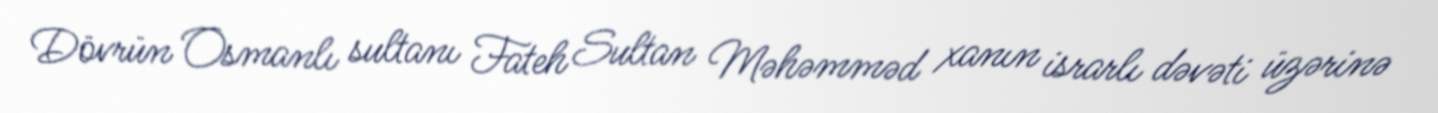
Dövrün Osmanlı sultanı Fateh Sultan Məhəmməd xanın israrlı dəvəti üzərinə